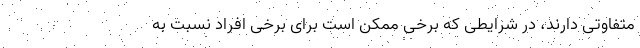
متفاوتی دارند، در شرایطی که برخی ممکن است برای برخی افراد نسبت به